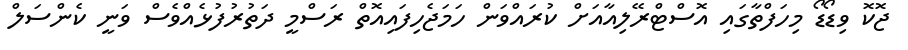
ޖޮކޮ ވިޑޯޑޯ މިހަފްތާގައި އޮސްޓްރޭލިއާއަށް ކުރައްވަން ހަމަޖެހިފައިއޮތް ރަސްމީ ދަތުރުފުޅެއްވެސް ވަނީ ކެންސަލް